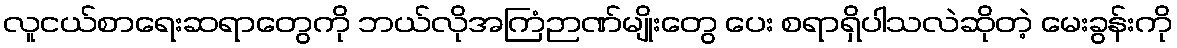
လူငယ်စာရေးဆရာတွေကို ဘယ်လိုအကြံဉာဏ်မျိုးတွေ ပေး စရာရှိပါသလဲဆိုတဲ့ မေးခွန်းကို